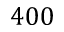
4 0 0